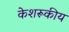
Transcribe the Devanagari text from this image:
केशरूकीय